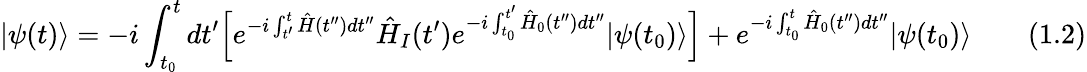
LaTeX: |\psi(t)\rangle=-i\int_{t_{0}}^{t}dt^{\prime}{\Big[}e^{-i\int_{t^{\prime}}^{t}{\hat{H}}(t^{\prime\prime})dt^{\prime\prime}}{\hat{H}}_{I}(t^{\prime})e^{-i\int_{t_{0}}^{t^{\prime}}{\hat{H}}_{0}(t^{\prime\prime})dt^{\prime\prime}}|\psi(t_{0})\rangle{\Big]}+e^{-i\int_{t_{0}}^{t}{\hat{H}}_{0}(t^{\prime\prime})dt^{\prime\prime}}|\psi(t_{0})\rangle\qquad(1.2)